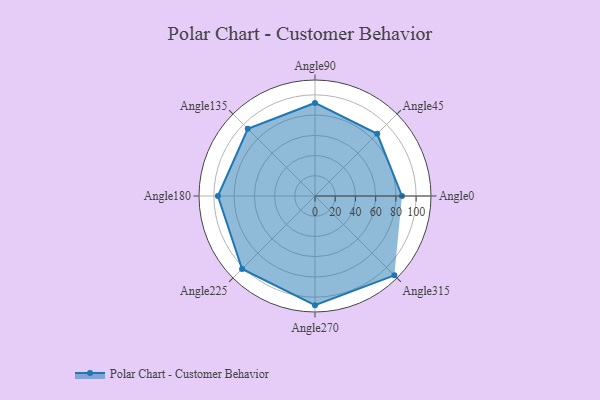
{"axis": {"x": "Angle", "y": "Radius"}, "legend": [""], "data": [{"x": "Angle0", "y": 86.0, "type": ""}, {"x": "Angle45", "y": 87.0, "type": ""}, {"x": "Angle90", "y": 92.0, "type": ""}, {"x": "Angle135", "y": 94.0, "type": ""}, {"x": "Angle180", "y": 96.0, "type": ""}, {"x": "Angle225", "y": 102.0, "type": ""}, {"x": "Angle270", "y": 108.0, "type": ""}, {"x": "Angle315", "y": 111.0, "type": ""}]}